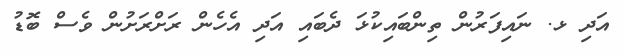
އަދި ޅ. ނައިފަރުން ތިންބައިކުޅަ ދެބައި އަދި އެހެން ރަށްރަށުން ވެސް ބޮޑު